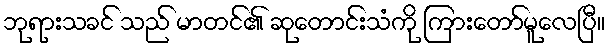
ဘုရားသခင် သည် မာတင်၏ ဆုတောင်းသံကို ကြားတော်မူလေပြီ။